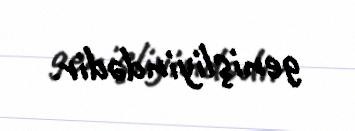
genişliyindədir.